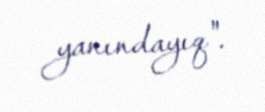
yanındayıq".